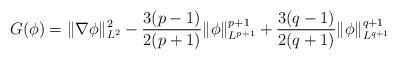
LaTeX: \begin{align*}G(\phi) = \|\nabla \phi\|^2_{L^2} -\frac{3(p-1)}{2(p+1)}\|\phi\|^{p+1}_{L^{p+1}} +\frac{3(q-1)}{2(q+1)}\|\phi\|^{q+1}_{L^{q+1}}\end{align*}